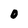
Character: O